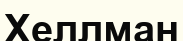
Хеллман